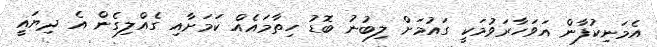
އެމަނިކުފާން އަވަހާރަވުމަކީ ގައުމަށް ލިބުނު ބޮޑު ހިތާމައެއް ކަމަށާއި ގެއްލިގެން އެ ދިޔައީ